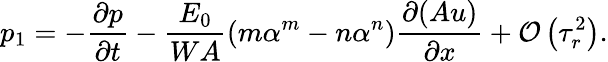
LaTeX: p_{1}=-\frac{\partial p}{\partial t}-\frac{E_{0}}{WA}\left(m\alpha^{m}-n\alpha^{n}\right)\frac{\partial(Au)}{\partial x}+\mathcal{O}\left(\tau_{r}^{2}\right).